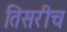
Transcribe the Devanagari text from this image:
तिसरीच